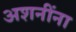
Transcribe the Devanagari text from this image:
अशनींना